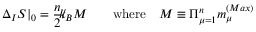
\Delta _ { I } S | _ { 0 } = \frac { n } { 2 } { \slash \! \! \! k } _ { \! { B } } M \qquad \mathrm { w h e r e } \quad M \equiv \Pi _ { \mu = 1 } ^ { n } m _ { \mu } ^ { ( M a x ) }